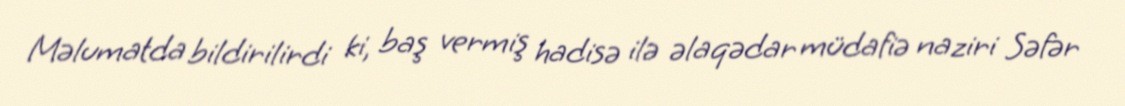
Məlumatda bildirilirdi ki, baş vermiş hadisə ilə əlaqədar müdafiə naziri Səfər